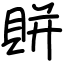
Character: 賆